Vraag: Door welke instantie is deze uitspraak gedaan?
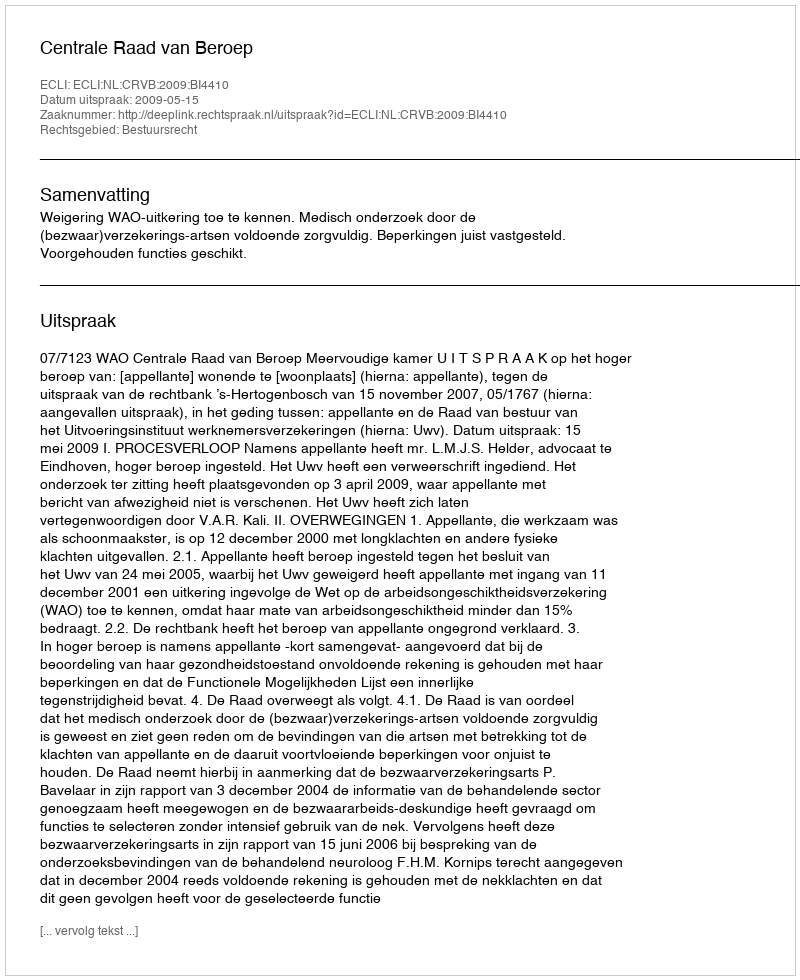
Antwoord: Centrale Raad van Beroep